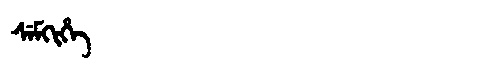
Manchu: ᠰᡝᠮᡴᡳᡥᡝ
Romanization: SEMKIHE